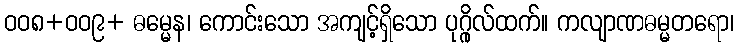
ဝဝ၈+ဝဝ၉+ ဓမ္မေန၊ ကောင်းသော အကျင့်ရှိသော ပုဂ္ဂိုလ်ထက်။ ကလျာဏဓမ္မတရော၊